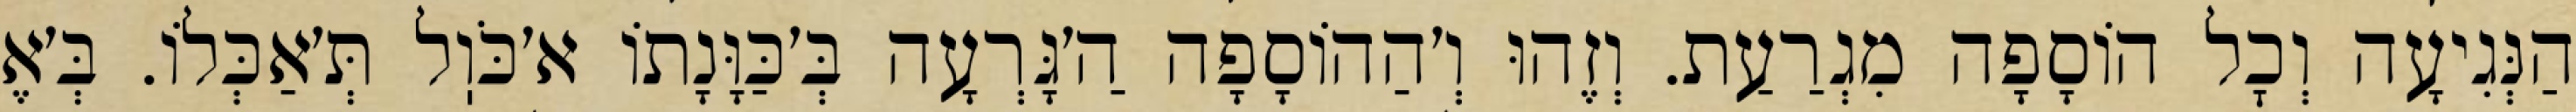
הַנְּגִיעָה וְכׇל הוֹסָפָה מִגְרַעַת. וְזֶהוּ וְ׳הַהוֹסָפָה הַ׳גָּרְעָה בְּ׳כַּוָּנָתוֹ א׳כֹּוֽל תְּ׳אַכְּלוֹ. בְּ׳אֶ